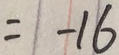
= - 1 6